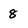
Character: 8